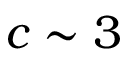
c \sim 3